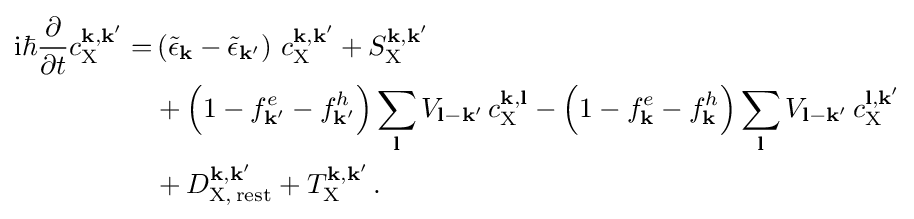
{\begin{aligned}\mathrm {i} \hbar {\frac {\partial }{\partial t}}c_{\mathrm {X} }^{\mathbf {k} ,\mathbf {k'} }=&\left({\tilde {\epsilon }}_{\mathbf {k} }-{\tilde {\epsilon }}_{\mathbf {k'} }\right)\,c_{\mathrm {X} }^{\mathbf {k} ,\mathbf {k'} }+S_{\mathrm {X} }^{\mathbf {k} ,\mathbf {k'} }\\&+{\Bigl (}1-f_{\mathbf {k'} }^{e}-f_{\mathbf {k'} }^{h}{\Bigr )}\sum _{\mathbf {l} }V_{\mathbf {l} -\mathbf {k} '}\,c_{\mathrm {X} }^{\mathbf {k} ,\mathbf {l} }-{\Bigl (}1-f_{\mathbf {k} }^{e}-f_{\mathbf {k} }^{h}{\Bigr )}\sum _{\mathbf {l} }V_{\mathbf {l} -\mathbf {k} '}\,c_{\mathrm {X} }^{\mathbf {l} ,\mathbf {k'} }\\&+D_{\mathrm {X,\,rest} }^{\mathbf {k} ,\mathbf {k'} }+T_{\mathrm {X} }^{\mathbf {k} ,\mathbf {k'} }\,.\end{aligned}}